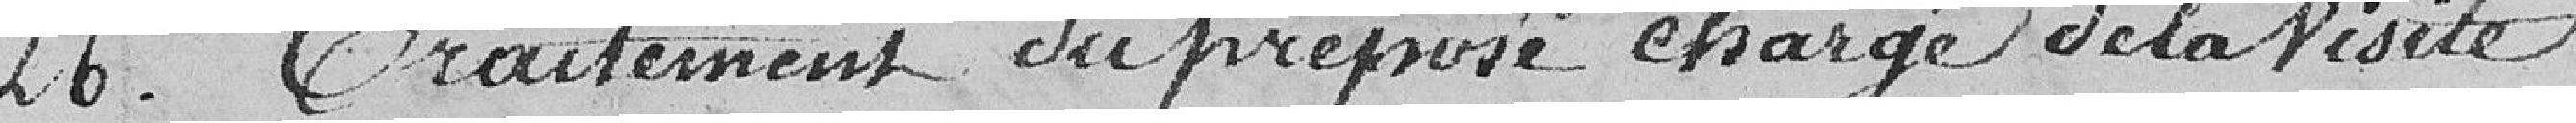
26. Traitement du préposé chargé de la visite